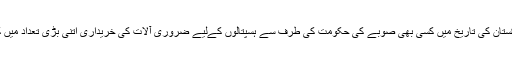
واضح رہے کہ پاکستان کی تاریخ میں کسی بھی صوبے کی حکومت کی طرف سے ہسپتالوں کےلیے ضروری آلات کی خریداری اتنی بڑی تعداد میں کبھی نہیں کی گئی۔